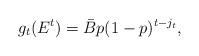
LaTeX: \begin{align*}g_t(E^t)=\bar{B}p(1-p)^{t-j_t},\end{align*}